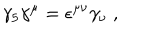
LaTeX: \gamma _ { 5 } \gamma ^ { \mu } = \epsilon ^ { \mu \nu } \gamma _ { \nu } \; ,